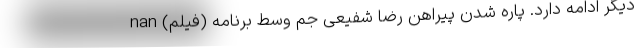
دیگر ادامه دارد. پاره شدن پیراهن رضا شفیعی جم وسط برنامه (فیلم) nan